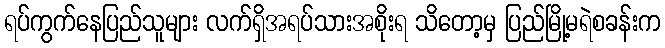
ရပ်ကွက်နေပြည်သူများ လက်ရှိအရပ်သားအစိုးရ သိတော့မှ ပြည်မြို့မရဲစခန်းက